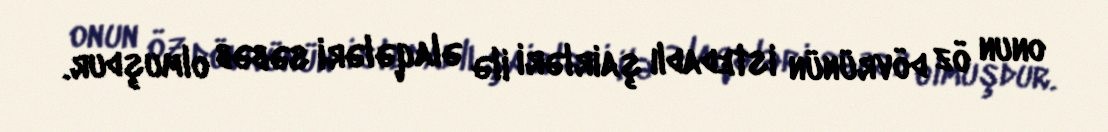
onun öz dövrünün istedadlı şairləri ilə əlaqələri səbəb olmuşdur.